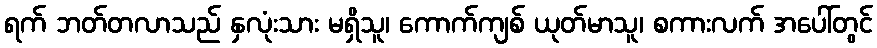
ရက် ဘတ်တလာသည် နှလုံးသား မရှိသူ၊ ကောက်ကျစ် ယုတ်မာသူ၊ စကားလက် အပေါ်တွင်